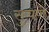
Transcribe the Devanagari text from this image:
सुचणे